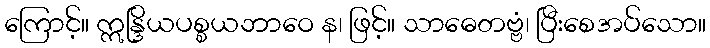
ကြောင့်။ ဣန္ဒြိယပစ္စယဘာဝေ န၊ ဖြင့်။ သာဓေတဗ္ဗံ၊ ပြီးစေအပ်သော။